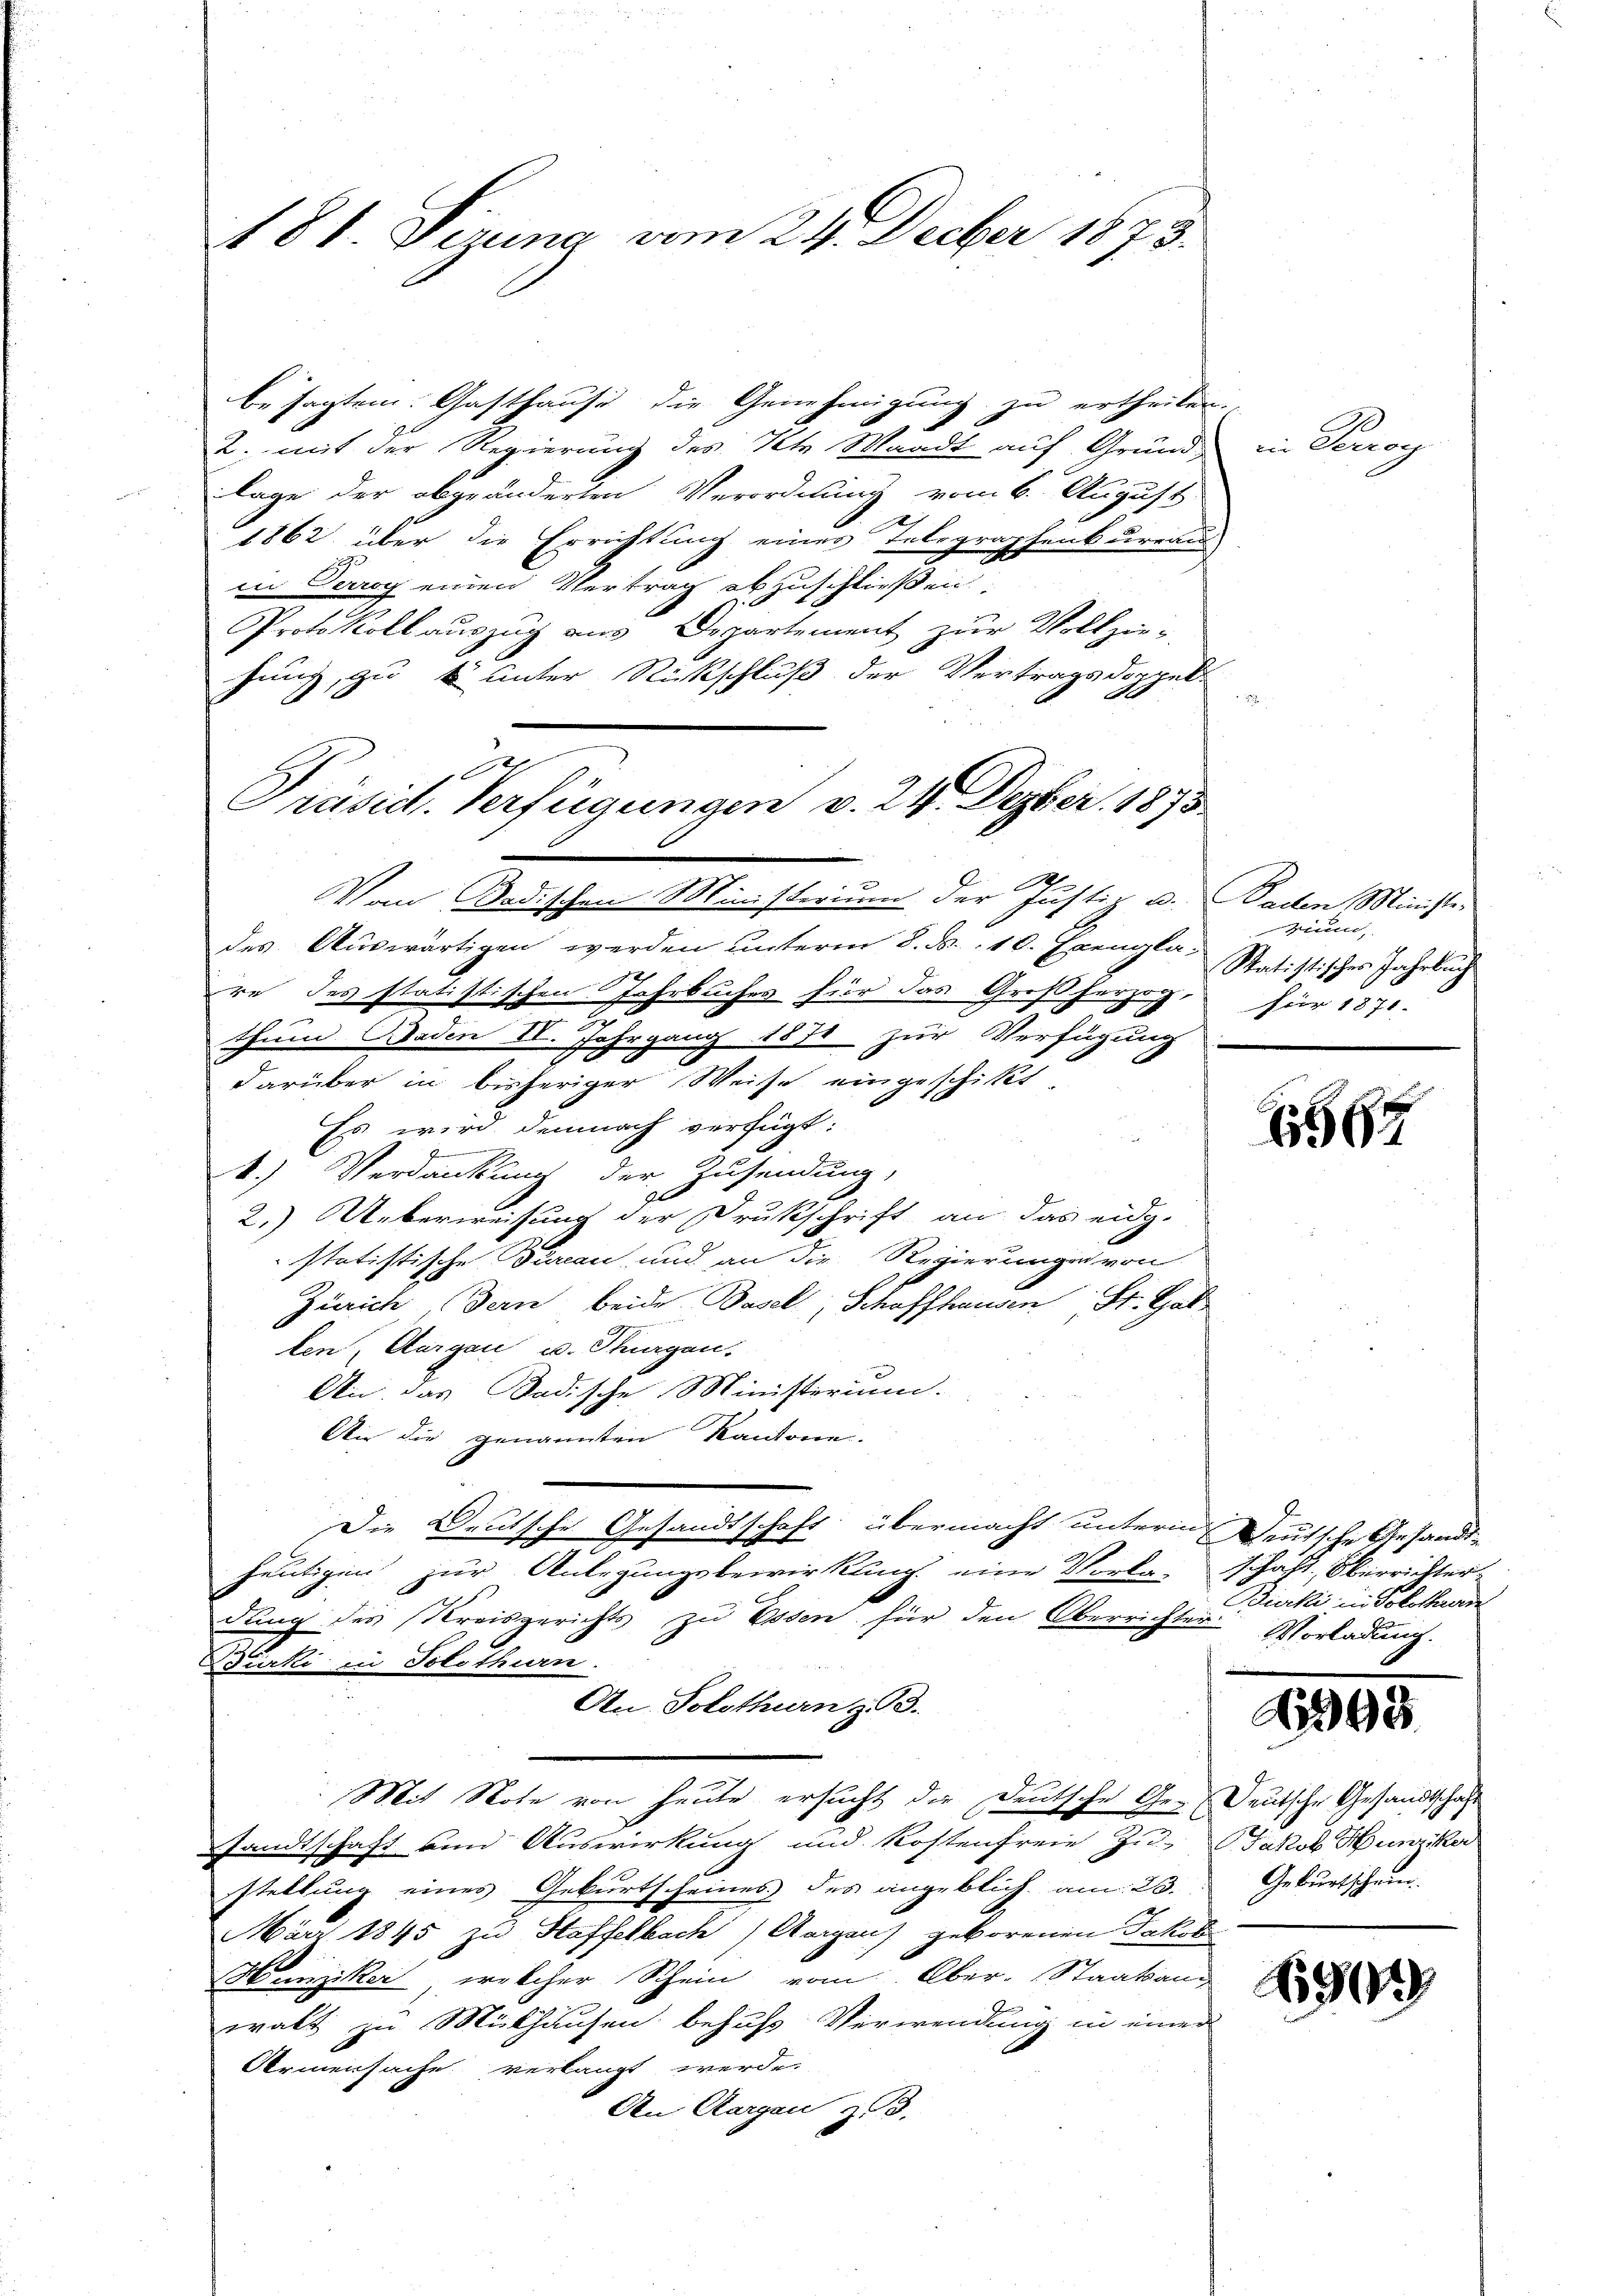
181. Sirung vom 24. Decber 1873.

besagtem Gasthause die Genehmigung zu ertheilen.
2. mit der Regierung des Kt. Waadt auf Grund-
lage der abgeänderten Verordnung vom 6. August
1862 über die Errichtung einer Telegraphenbureau
in Terrog einen Vertrag abzuschließen
Protokoll auszug aus Departement zur Vollzie-
hung, zu unter Rückschluß der Vertragsdoppel-
e
Vom Badischen Ministerium der Justiz u. Baden Minister
des Auswärtigen werden unterm 8. d. 10. Exengla-
re des statistischen Jahrbuches für das Großherzog,

Ergang 1871 zur Verfügung
thum Baden II. 7
darüber in bisheriger Weise eingeschickt.
Es wird demnach verfügt:
Gemmeng
A.) Verdankung der Zusendung,
2
2.) Ueberweisung der Drukschrift an das eidg.
statistische Bureau, und an die Regierungen von
Zürich, Bern beide Basel, Schaffhausen St. Gat
ten, Aargau u. Thurgen.
Ain das Badische Ministerium.
Wir die genannten Kantone.
Die Deutsche Gesandtschaft übermacht unterm Deutsche Gesandt-
heutigen zur Anlegungsbewirkung eine Vorla-Schaft, Oberrichter
dung des Kreisgerichts zu Essen für den Oberrichter Vorladung.
Purki in Solothurn.
An Solothurn z. B.
Mit Note von heute ersucht die Deutsche Ge-Teutsche Gesandtschaft
sandtschaft von Auswirkung und Kostenfreie Zu- Jakob Hunziker
stellung eines Geburtscheines des angeblich am 23.
März 1845 zu Haffelbach) Aargaus geborenen Jakobi
Hunziker, welcher Schein vom Ober-Staatsang
walt zu Mülhausen behufs Verwendung in einer
Armensache verlangt werde.
An Aargau, z. d.

O
Präsid. Verfügungen v. 24. Depber 1873

r

E

in Perrog

gium,
Statistisches Jahrbuch
füer 1871

1562

1995

Bierli in Solothurn

Geburtschein.

690